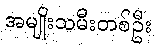
အမျိုးသမီးတစ်ဦး